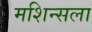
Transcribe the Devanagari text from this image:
मशिन्सला